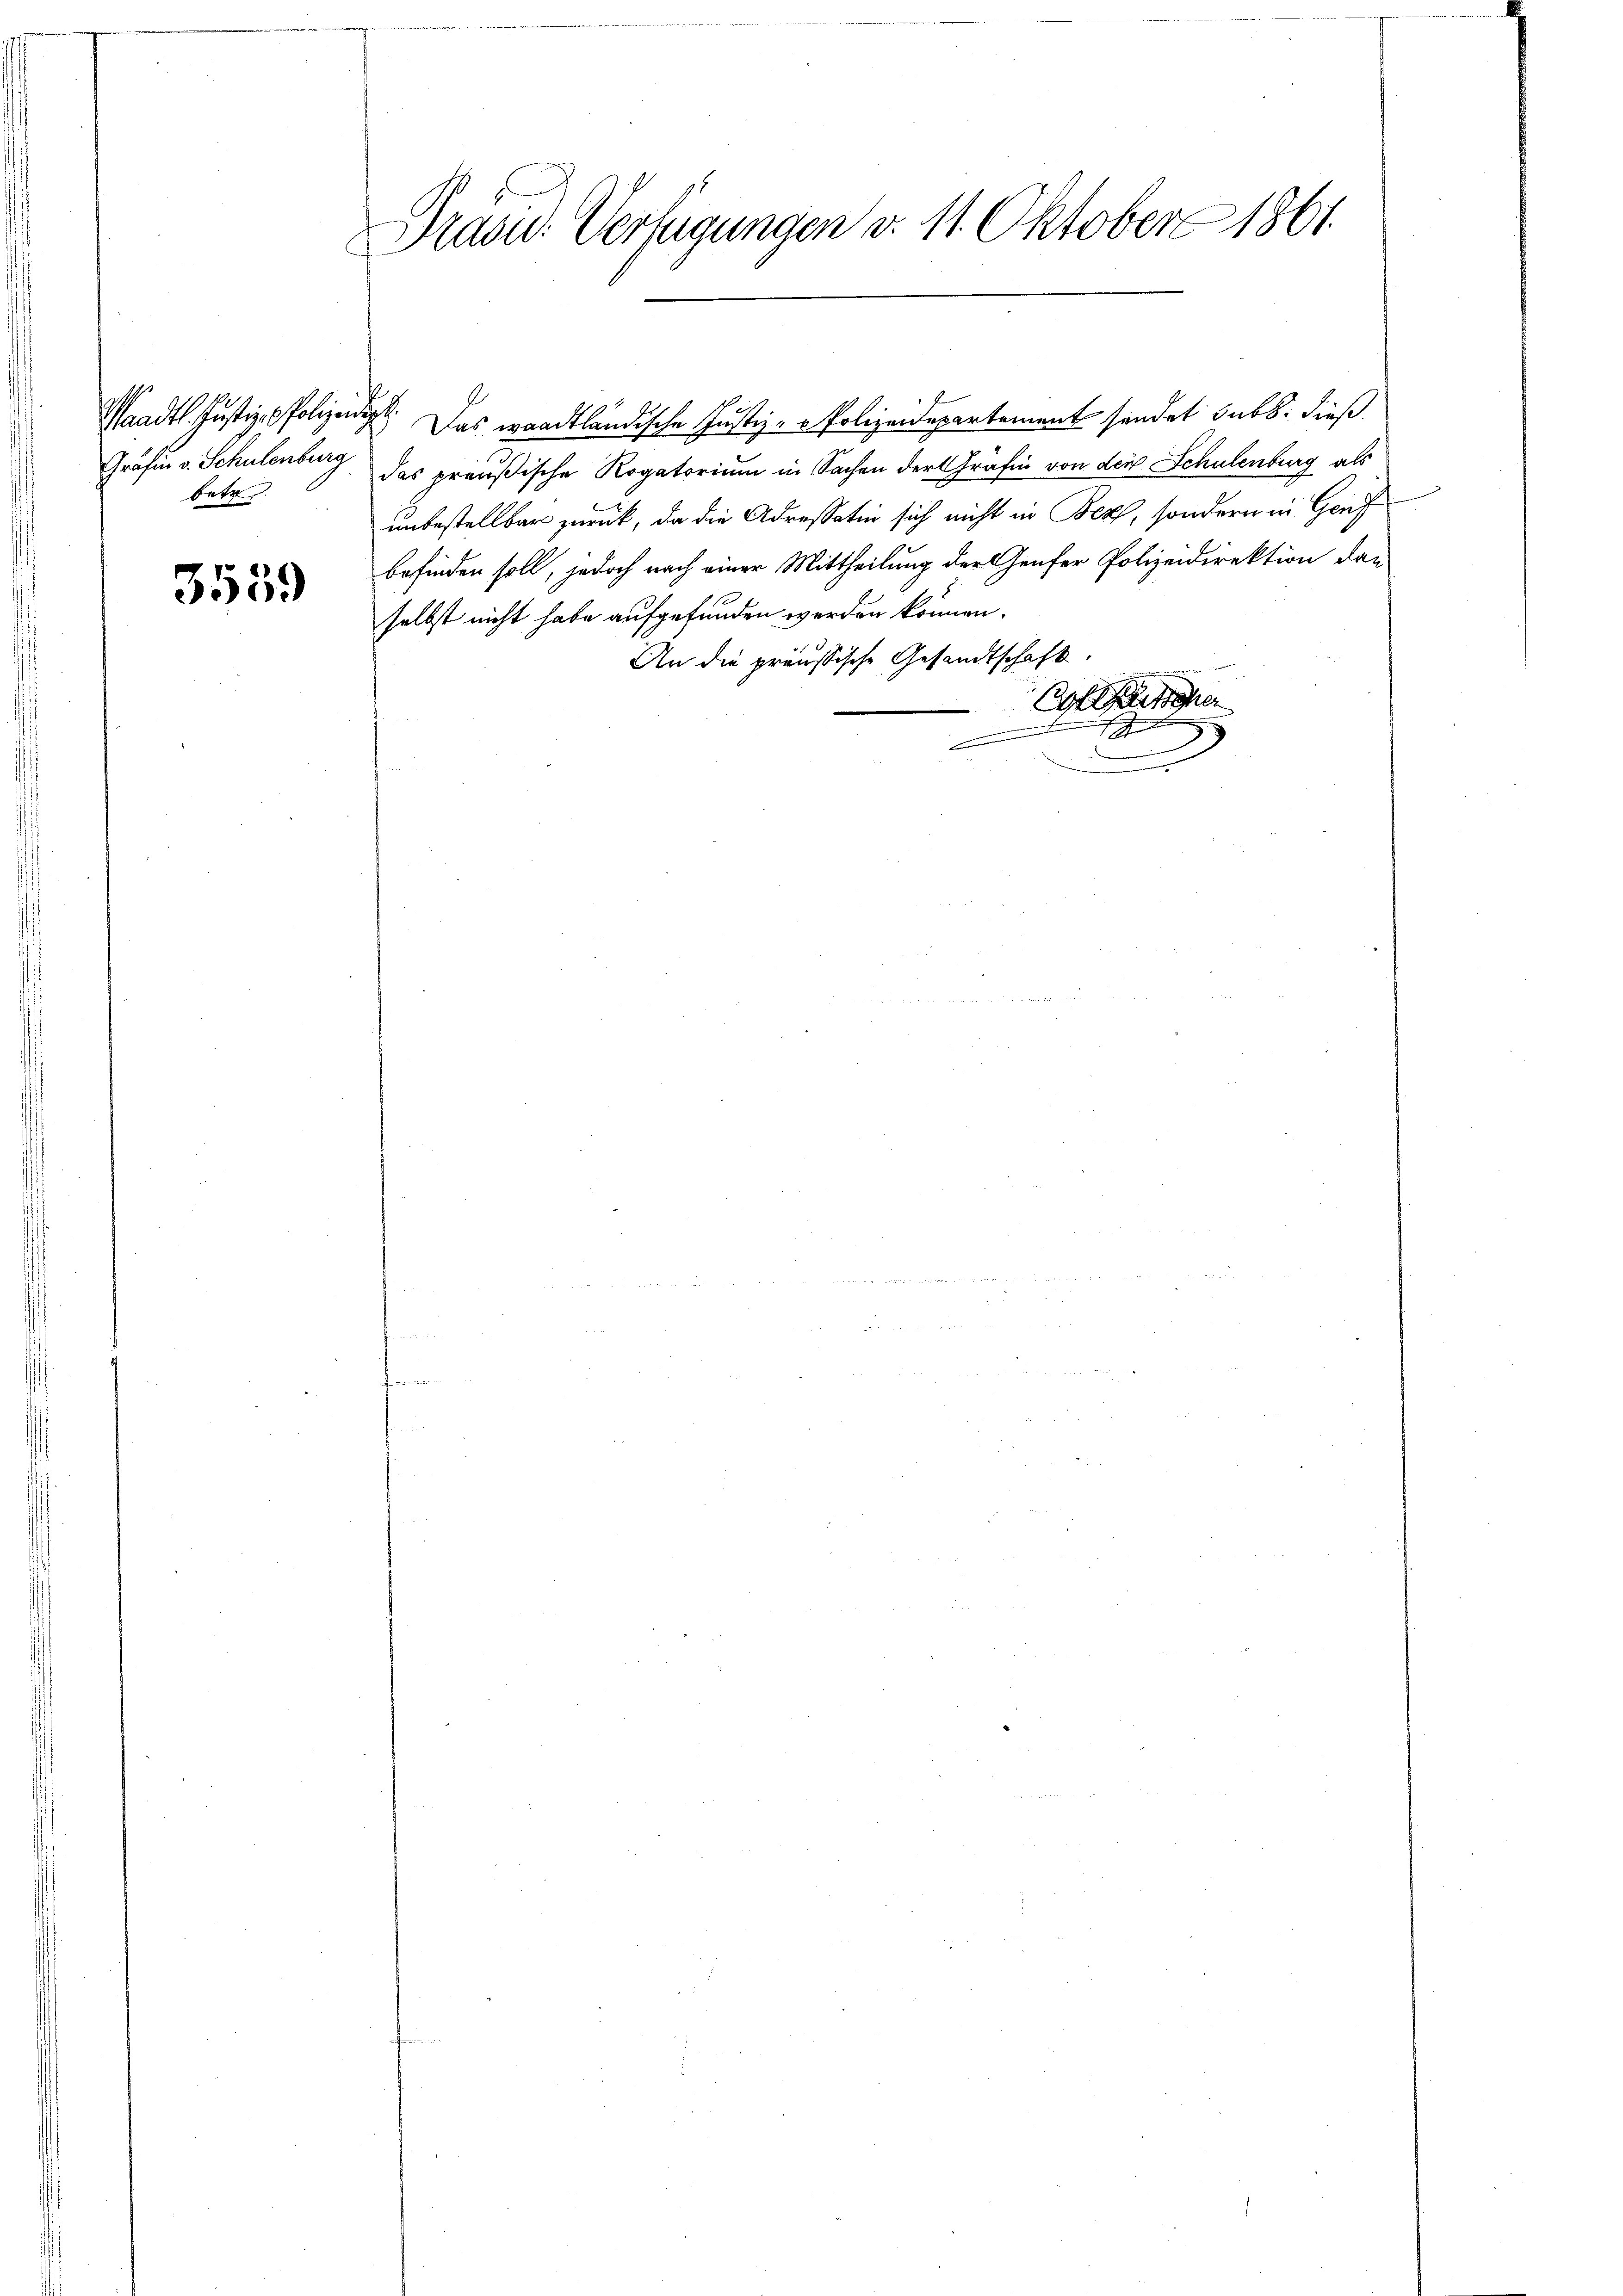
Gräfin v. Schulenburg
betr.

3559

Präsid. Verfügungen d. 11. Oktobers 1861.

Saadtl. Justiz- & Polizeidigt. Das waadtländische Justiz - Polizeidepartement sendet subs: dieß
das preußische Rogatorium in Sachen der Gräfin von der Schulenburg als
unbestellbar zurück, da die Adressatio sich nicht in Bezh, sondern in Genf
befinden soll, jedoch nach einer Mittheilung der Genfer Polizeidirektion dan
selbst nicht habe aufgefunden werden können.
An die preußische Gesandtschaft.
Cafe
e